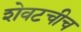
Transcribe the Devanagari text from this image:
शेवटचीच